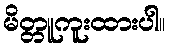
မိတ္တူကူးထားပါ။